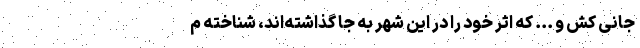
جانی کش و ... که اثر خود را در این شهر به جا گذاشته‌اند، شناخته م